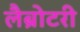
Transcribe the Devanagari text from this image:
लैब्रोटरी